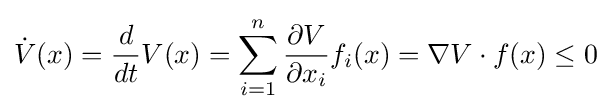
{\dot {V}}(x)={\frac {d}{dt}}V(x)=\sum _{i=1}^{n}{\frac {\partial V}{\partial x_{i}}}f_{i}(x)=\nabla V\cdot f(x)\leq 0